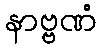
နာဗ္ဗဏံ